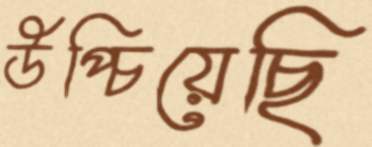
উপ্‌চিয়েছি